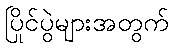
ပြိုင်ပွဲများအတွက်